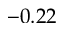
- 0 . 2 2